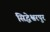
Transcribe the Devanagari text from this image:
सिद्धेश्वरपुर